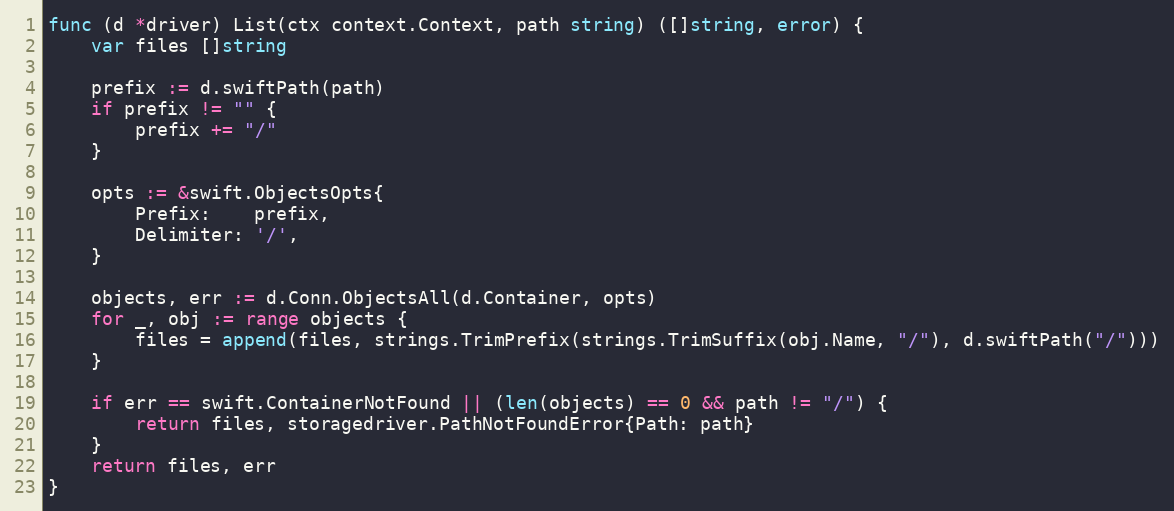
Language: Go
func (d *driver) List(ctx context.Context, path string) ([]string, error) {
	var files []string

	prefix := d.swiftPath(path)
	if prefix != "" {
		prefix += "/"
	}

	opts := &swift.ObjectsOpts{
		Prefix:    prefix,
		Delimiter: '/',
	}

	objects, err := d.Conn.ObjectsAll(d.Container, opts)
	for _, obj := range objects {
		files = append(files, strings.TrimPrefix(strings.TrimSuffix(obj.Name, "/"), d.swiftPath("/")))
	}

	if err == swift.ContainerNotFound || (len(objects) == 0 && path != "/") {
		return files, storagedriver.PathNotFoundError{Path: path}
	}
	return files, err
}